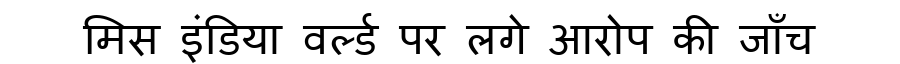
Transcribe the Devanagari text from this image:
मिस इंडिया वर्ल्ड पर लगे आरोप की जाँच